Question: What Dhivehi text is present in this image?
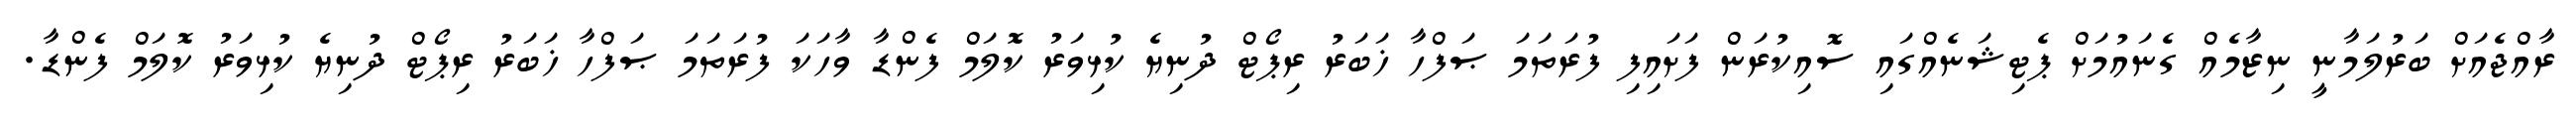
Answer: ރާއްޖެއަށް ބަރުލަމާނީ ނިޒާމެއް ގެނައުމަށް ޕެޓިޝަނެއްގައި ސޮއިކުރަން ފަށައިފި ފުރަތަމަ ޞަފްހާ ޚަބަރު ރިޕޯޓް ދުނިޔެ ކުޅިވަރު ކޮލަމް ފެންޑާ ވާހަކަ ފުރަތަމަ ޞަފްހާ ޚަބަރު ރިޕޯޓް ދުނިޔެ ކުޅިވަރު ކޮލަމް ފެންޑާ.